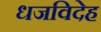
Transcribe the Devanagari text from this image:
धजविदेह